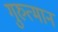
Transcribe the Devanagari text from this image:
गुरुत्मान